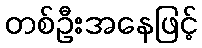
တစ်ဦးအနေဖြင့်